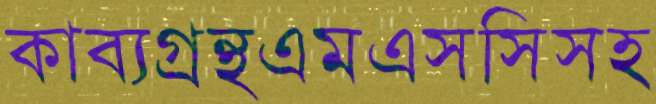
কাব্যগ্রন্থএমএসসিসহ